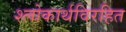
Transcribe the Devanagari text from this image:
श्लोकार्थविरहित